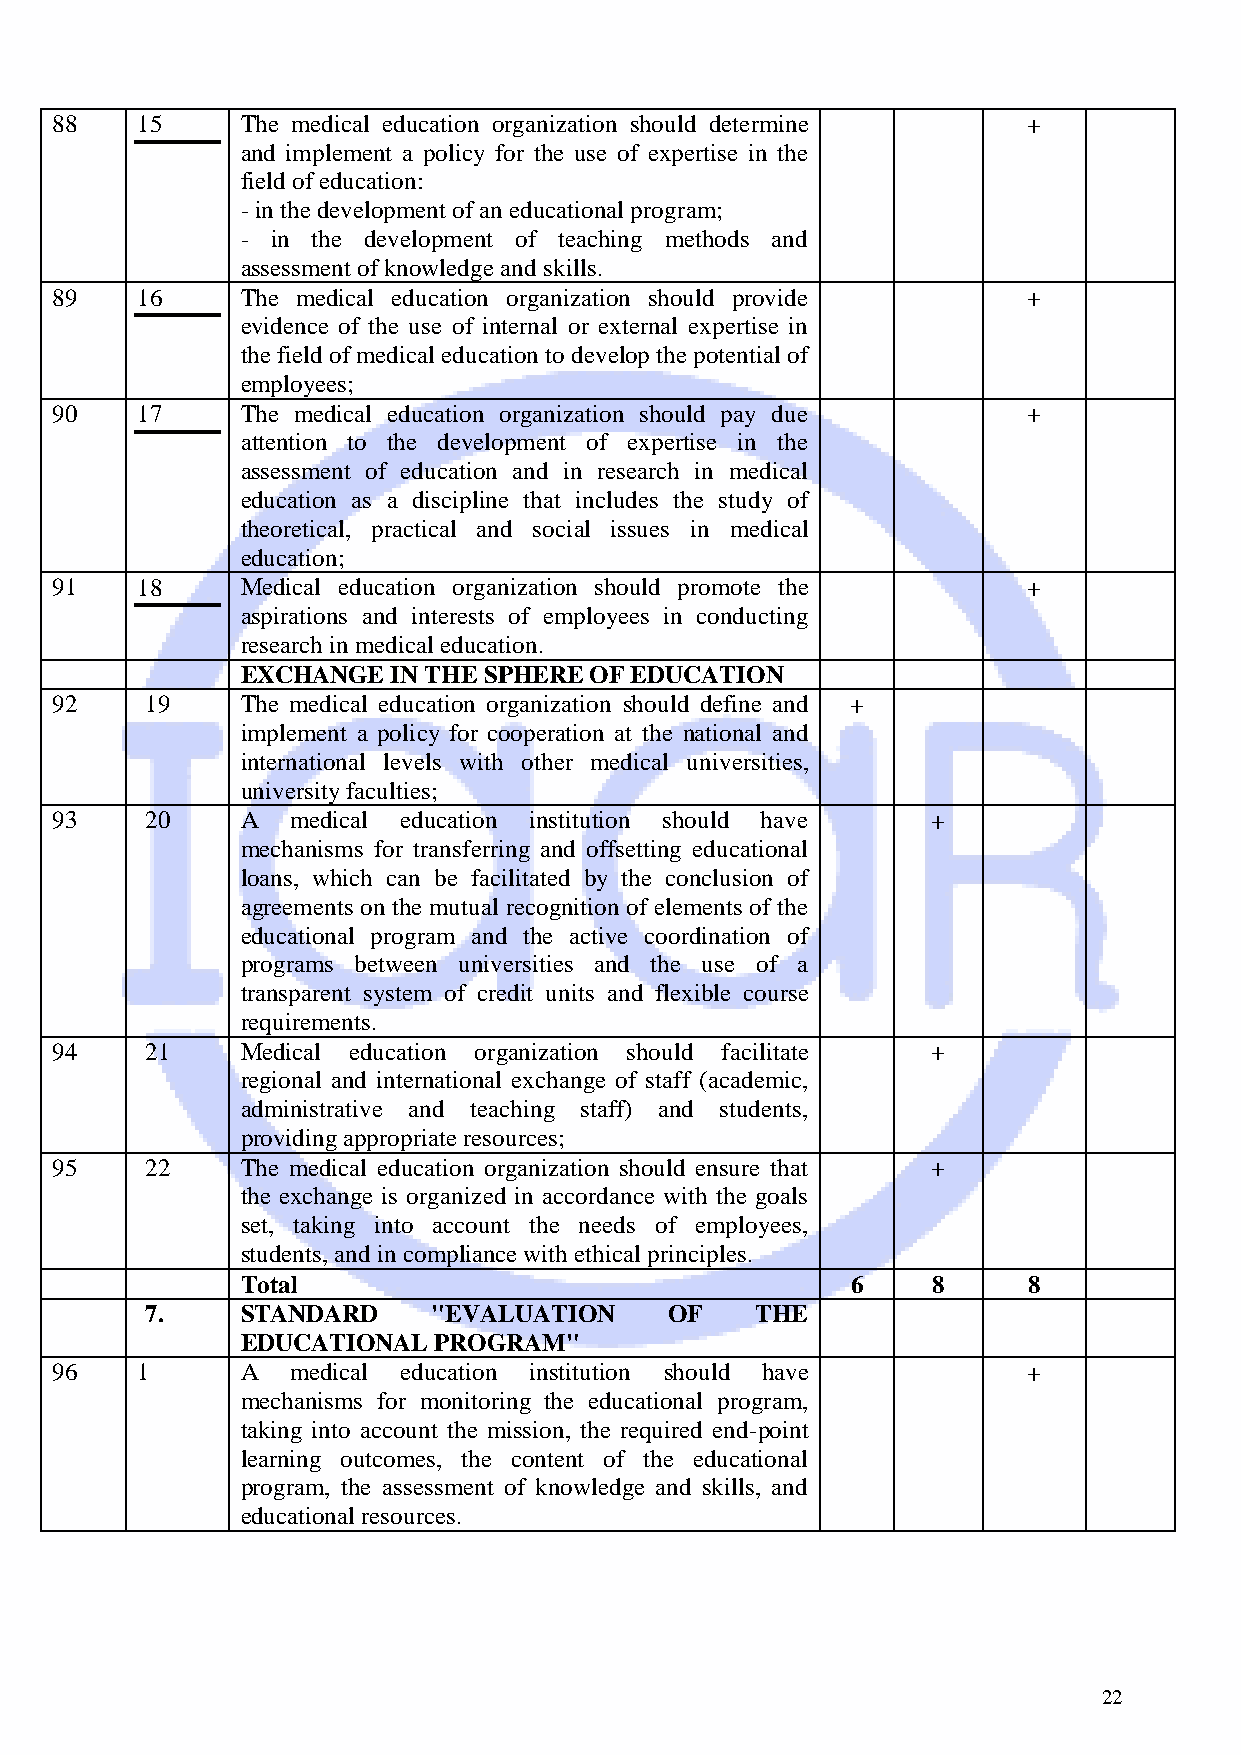
88    15     The medical education organization should determine +
 and implement a policy for the use of expertise in the
 field of education:
 - in the development of an educational program;
 - in the development of teaching methods and
 assessment of knowledge and skills.
 89    16     The medical education organization should provide   +
 evidence of the use of internal or external expertise in
 the field of medical education to develop the potential of
 employees;
 90    17     The medical education organization should pay due   +
 attention to the development of expertise in the
 assessment of education and in research in medical
 education as a discipline that includes the study of
 theoretical, practical and social issues in medical
 education;
 91    18     Medical education organization should promote the   +
 aspirations and interests of employees in conducting
 research in medical education.
 EXCHANGE  IN THE SPHERE OF EDUCATION
 92     19    The medical education organization should define and +
 implement a policy for cooperation at the national and
 international levels with other medical universities,
 university faculties;
 93     20    A  medical education institution should have  +
 mechanisms for transferring and offsetting educational
 loans, which can be facilitated by the conclusion of
 agreements on the mutual recognition of elements of the
 educational program and the active coordination of
 programs between universities and the use of a
 transparent system of credit units and flexible course
 requirements.
 94     21    Medical education organization should facilitate +
 regional and international exchange of staff (academic,
 administrative and teaching staff) and students,
 providing appropriate resources;
 95     22    The medical education organization should ensure that +
 the exchange is organized in accordance with the goals
 set, taking into account the needs of employees,
 students, and in compliance with ethical principles.
 Total                                   6     8     8
 7.    STANDARD     "EVALUATION    OF    THE
 EDUCATIONAL  PROGRAM"
 96    1      A  medical education institution should have        +
 mechanisms for monitoring the educational program,
 taking into account the mission, the required end-point
 learning outcomes, the content of the educational
 program, the assessment of knowledge and skills, and
 educational resources.
 22